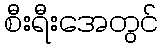
စီးရီးအေတွင်